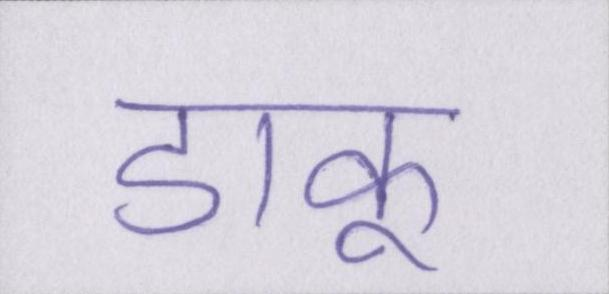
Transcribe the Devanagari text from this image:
डाकू